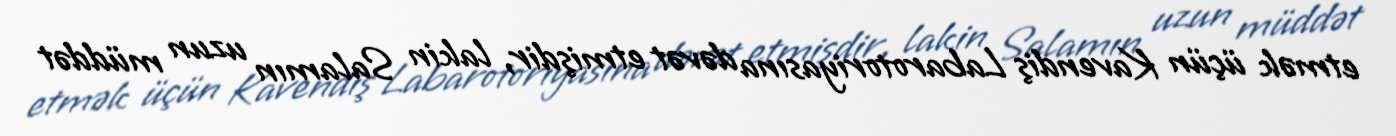
etmək üçün Kavendiş Labarotoriyasına dəvət etmişdir, lakin Salamın uzun müddət